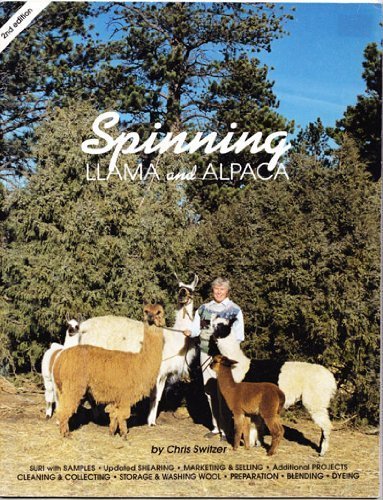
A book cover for Spinning Llama and Alpaca; Chris Switzer; Crafts, Hobbies & Home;